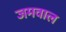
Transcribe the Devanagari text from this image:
जमवाल